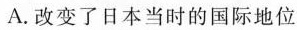
A.改变了日本当时的国际地位